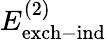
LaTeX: E_{\mathrm{exch-ind}}^{(2)}